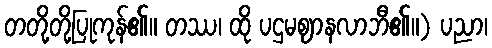
တတို့တို့ပြုကုန်၏။ တဿ၊ ထို ပဌမဈာနလာဘီ၏။) ပညာ၊